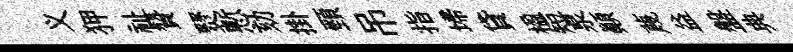
义狎祉贊燹慙劾掛頸吊指埽貸楹短泉顚蔑益盤典